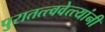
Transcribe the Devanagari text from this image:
पुरातत्त्ववेत्त्यांनी